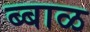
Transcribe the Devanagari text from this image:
ब्बाळ